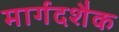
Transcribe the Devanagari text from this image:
मार्गदशैक